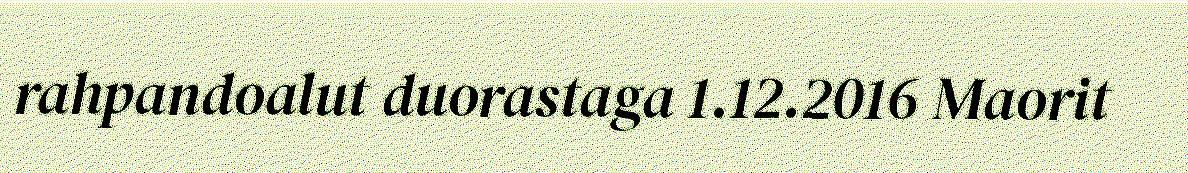
rahpandoalut duorastaga 1.12.2016 Maorit